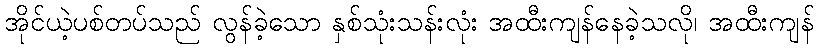
အိုင်ယဲ့ပစ်တပ်သည် လွန်ခဲ့သော နှစ်သုံးသန်းလုံး အထီးကျန်နေခဲ့သလို၊ အထီးကျန်